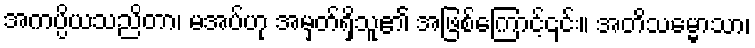
အကပ္ပိယသညိတာ၊ မအပ်ဟု အမှတ်ရှိသူ၏ အဖြစ်ကြောင့်၎င်း။ အတိသမ္မောသာ၊